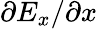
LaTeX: \partial E_{x}/\partial x